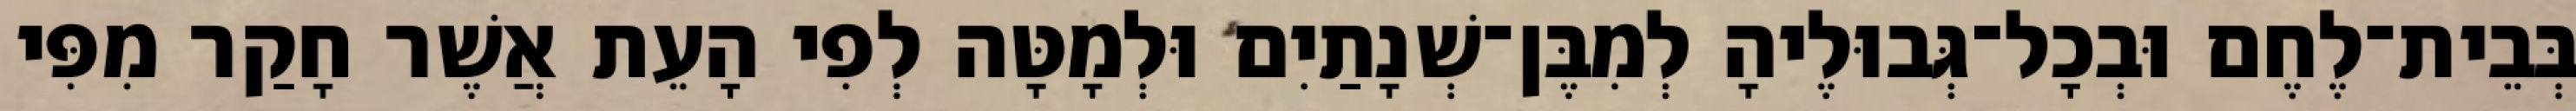
בְּבֵית־לֶחֶם וּבְכָל־גְּבוּלֶיהָ לְמִבֶּן־שְׁנָתַיִם וּלְמָטָּה לְפִי הָעֵת אֲשֶׁר חָקַר מִפִּי